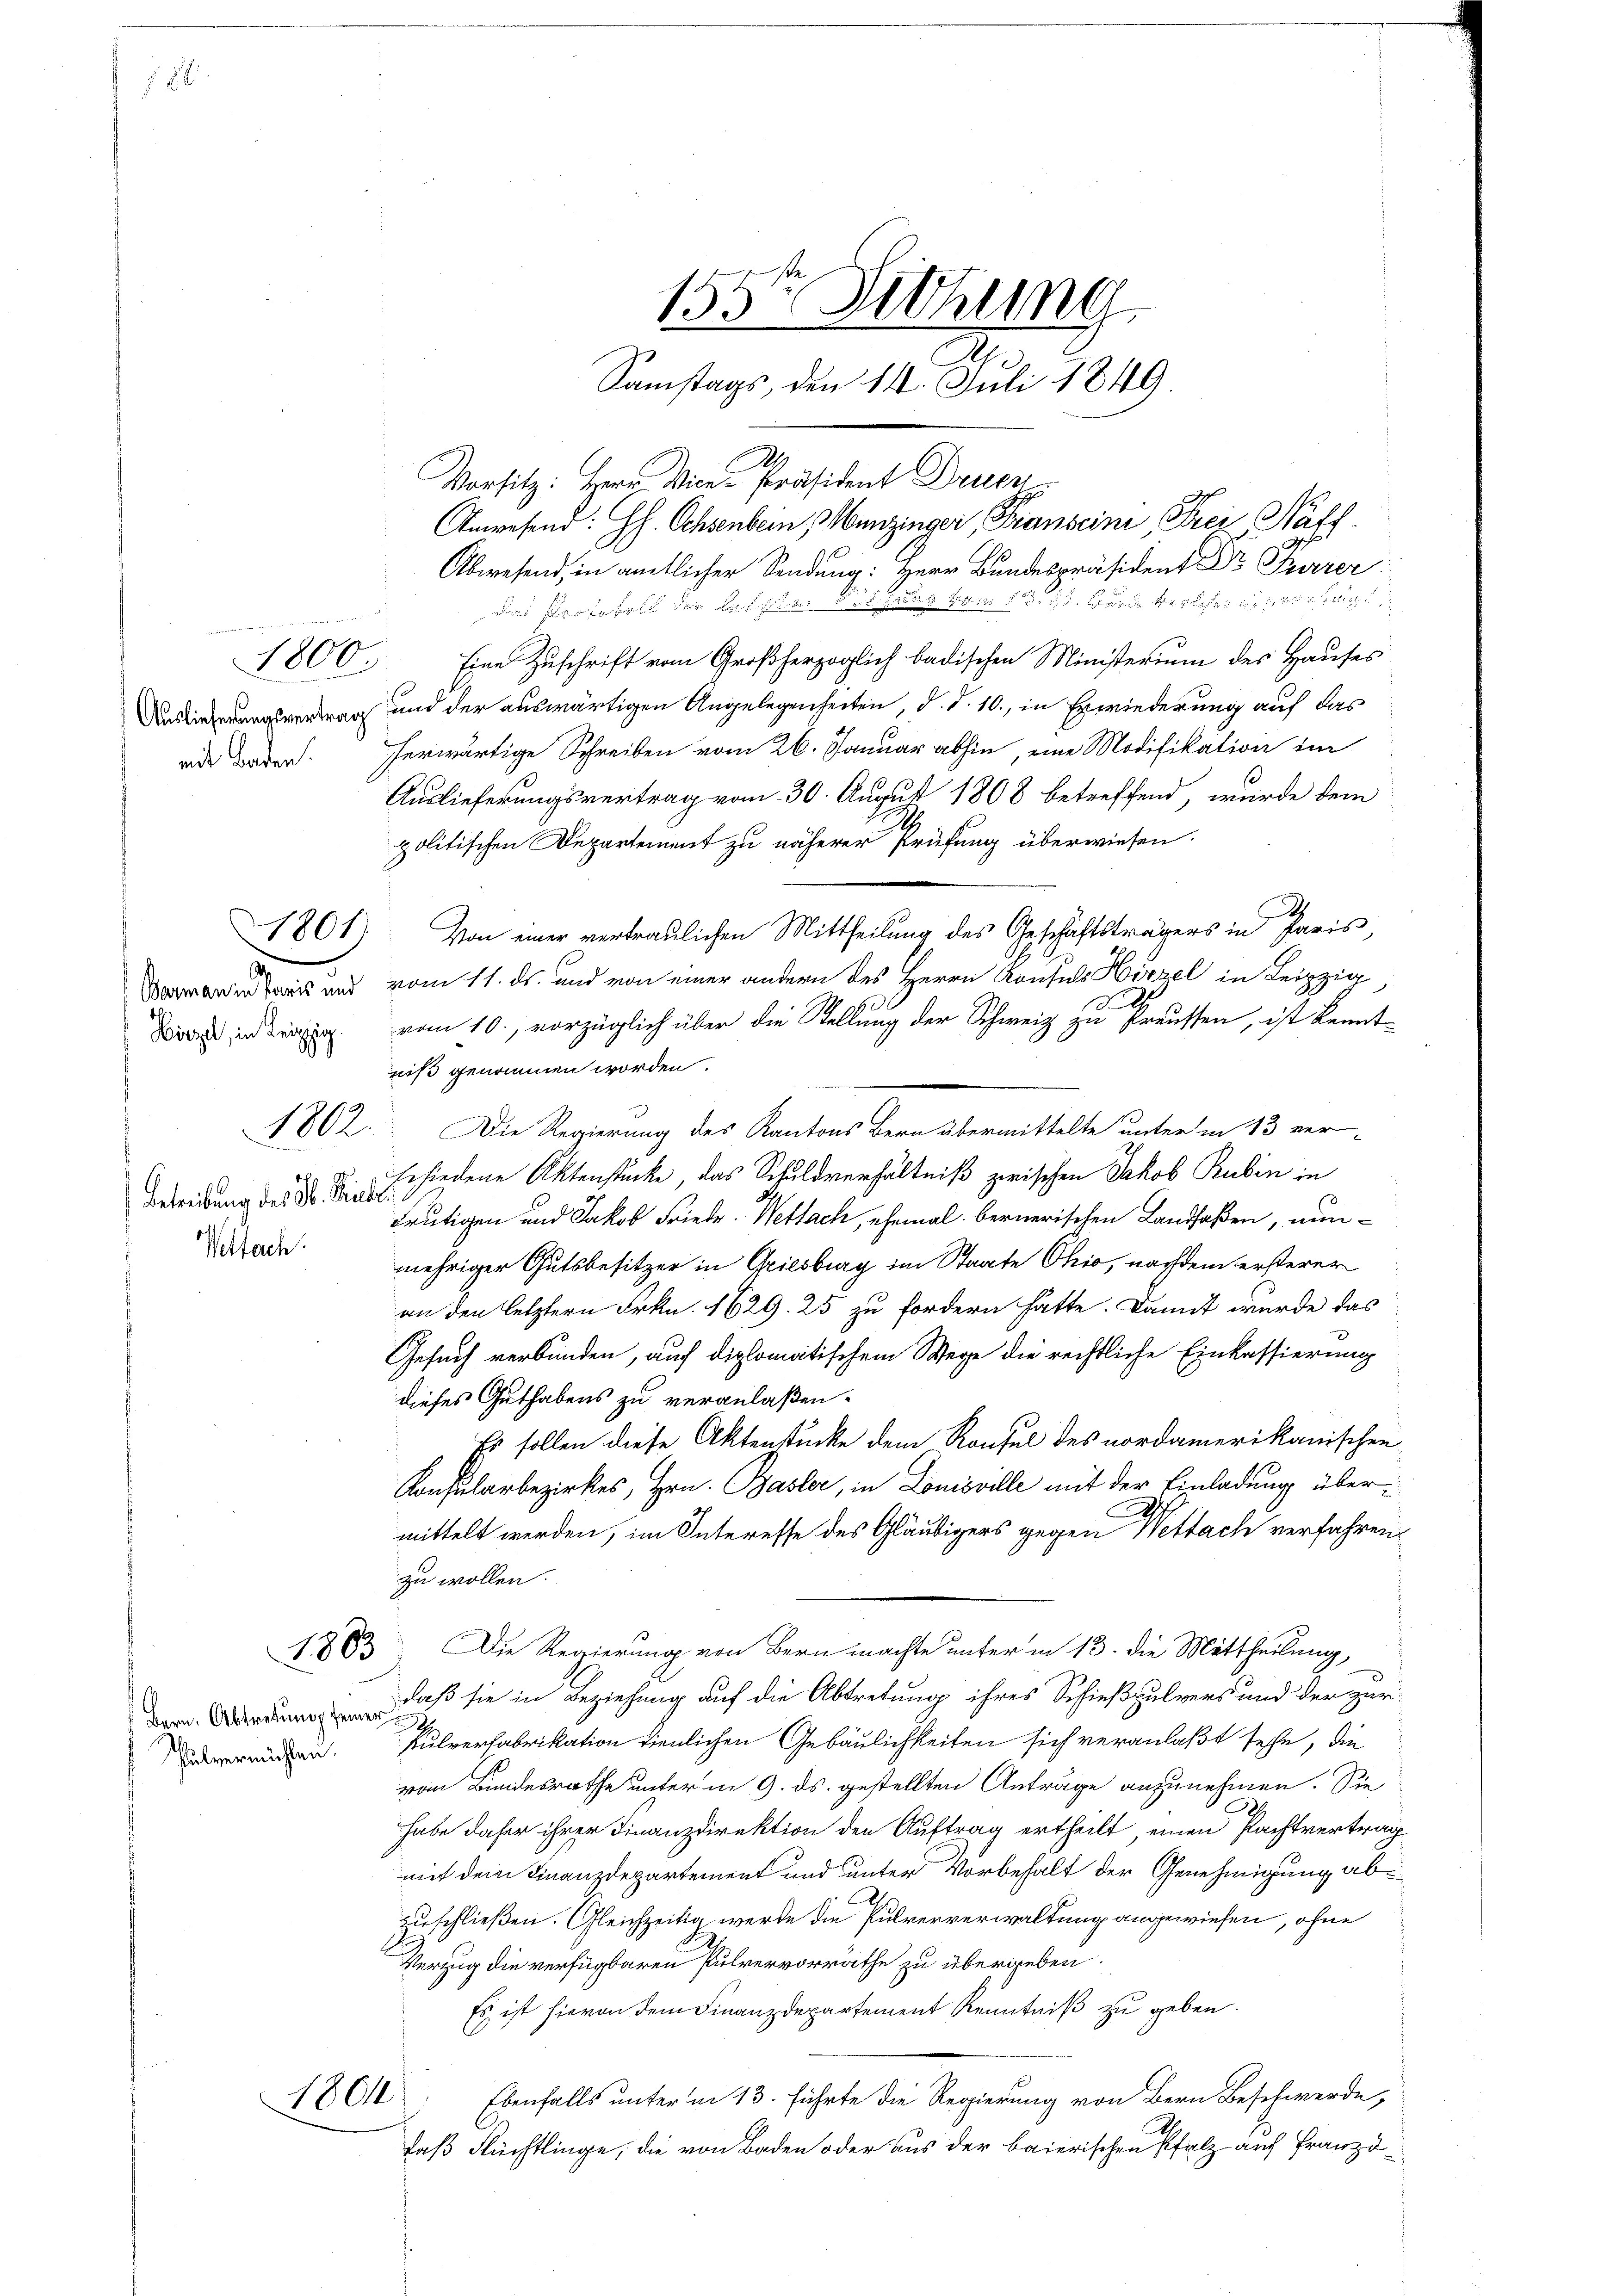
Hirzel, in Leipzig.

Betreibung des H. Triebe.
Welfach.

1800.

1802.

2.
Vorsitz: Herr Vice-Präsident Druen
Abwesend, in amtlicher Sendung: Herr Bundespräsident Dr Furrer
dass sie es der 5 f 18 Sti
Eine Zuschrift vom Großherzoglich badischen Ministerium des Hauses
a und der auswärtigen Angelegenheiten, d. d. 10., in Erwiederung auf das
ade waren. herwärtige Schreiben vom 26. Januar abhin, eine Modifikation im
Auslieferungsvertrag vom 30. August 1808 betreffend, wurde dem
politischen Departement zu näherer Prüfung überwiesen.
u
  und vom 11. ds. und von einer andern des Herrn Konsuls Hirzel in Leipzi
c
vom 10., vorzüglich über die Stellung der Schweiz zu Preussen, ist kenntniß genommen worden.
Die Regierung des Kantons Bern übermittelte unter in 13 ver-
schiedene Aktenstücke, das Schuldverhältniß zwischen Jakob Rubin in
Frutigen und Jakob Friede. Wettach, ehemal bernerischen Landfaßen, nunmehriger Gutsbesitzer in Griesburg im Staate Ohio, nachdem ersterer
an den letztern Frkn. 1629. 25 zu fordern hätte. Damit wurde das
Gesuch verbunden, auch diplomatischem Wege die rechtliche Einkassierung
dieses Guthabens zu veranlaßen.
Es sollen diese Aktenstücke dem Konsul des nordamerikanischen
Konsularbezirkes, Hrn. Basler, in Louisville mit der Einladung übermittelt werden, im Interesse des Gläubigers gegen Wettach verfahren
zu wollen.
Die Regierung von Bern machte unter in 13. die Mittheilung,
daß sie in Beziehung auf die Abtretung ihres Schießpulvers und der zuri-
kulverfabrikation tienlichen Gebäulichkeiten sich veranlaßt sehe, die
vom Bundesrathe unter in 9. ds. gestellten Anträge anzunehmen. Sie
habe daher ihrer Finanzdirektion den Auftrag ertheilt, einen Pachtvertrag
mit dem Finanzdepartement und unter Vorbehalt der Genehmigung ab
zuschließen. Gleichzeitig werde die Pulververwaltung angewiesen, ohne
Verzug die verfügbaren Pulvervorräthe zu übergeben.
Es ist hievon dem Finanzdepartement Kenntniß zu geben.
Ebenfalls unter in 13. führte die Regierung von Bern Beschwerde,
daß Flüchtlinge, die von Baden oder aus der baierischen Pfalz auf Franzö¬

1803.

Bern, Abtretung seiner
Pulvermöchten.

1804.

155te Sitzung
Samstags, den 114. Juli 1849

1801) Von einer vertraulichen Mittheilung des Geschäftsträgers in Paris,

Anwesend: HH. Ochsenbein, Munzinger, Transcini, Frei Naff